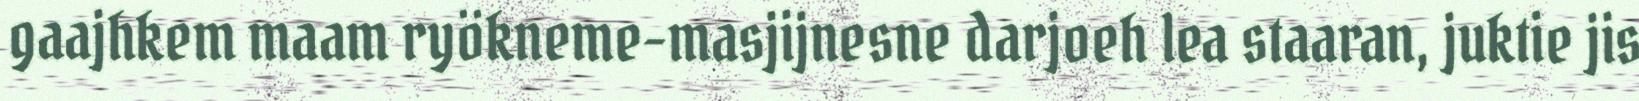
gaajhkem maam ryökneme-masjijnesne darjoeh lea staaran, juktie jis